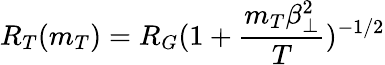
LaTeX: R_{T}(m_{T})=R_{G}(1+\frac{m_{T}\beta_{\bot}^{2}}{T})^{-1/2}